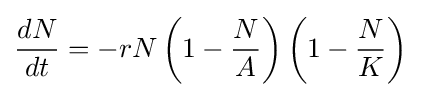
{\frac {dN}{dt}}=-rN\left(1-{\frac {N}{A}}\right)\left(1-{\frac {N}{K}}\right)